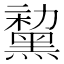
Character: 𪑤